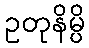
ဥတုနိမ္ပိ